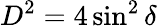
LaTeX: D^{2}=4\sin^{2}\delta